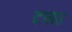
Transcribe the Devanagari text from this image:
दचाउ